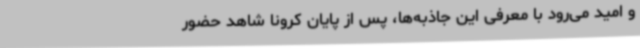
و امید می‌رود با معرفی این جاذبه‌ها، پس از پایان کرونا شاهد حضور